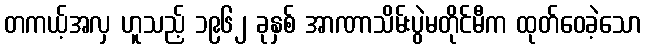
တကယ့်အလှ ဟူသည့် ၁၉၆၂ ခုနှစ် အာဏာသိမ်းပွဲမတိုင်မီက ထုတ်ဝေခဲ့သော